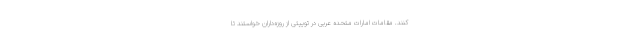
کنند. مقامات امارات متحده عربی در توییتی از روزه‌داران خواستند تا